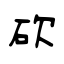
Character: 砍